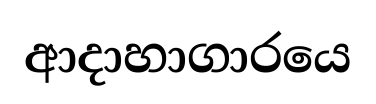
ආදාහාගාරයෙ